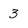
Character: 3